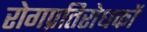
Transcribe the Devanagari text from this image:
रोगप्रतिरोधकों